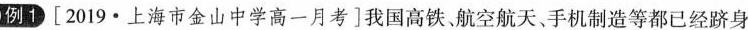
例[2019·上海市金山中学高一月考]我国高铁，航空航天、手机制造等都已经跻身